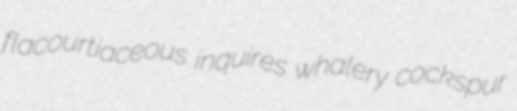
flacourtiaceous inquires whalery cockspur